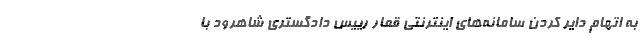
به اتهام دایر کردن سامانه‌های اینترنتی قمار رییس دادگستری شاهرود با